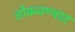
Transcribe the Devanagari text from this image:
ठोकवण्यात